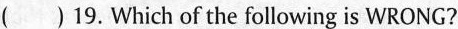
( ) 19. Which of the following is WRONG?